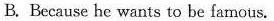
B. Because he wants to be famous.